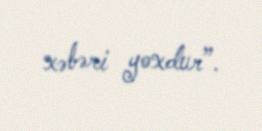
xəbəri yoxdur”.